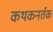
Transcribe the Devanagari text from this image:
कथकनर्तक